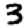
Digit: 3